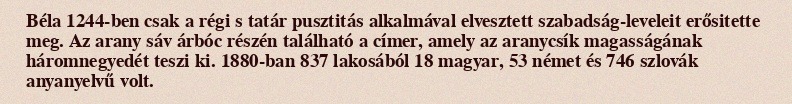
Béla 1244-ben csak a régi s tatár pusztitás alkalmával elvesztett szabadság-leveleit erősitette meg. Az arany sáv árbóc részén található a címer, amely az aranycsík magasságának háromnegyedét teszi ki. 1880-ban 837 lakosából 18 magyar, 53 német és 746 szlovák anyanyelvű volt.